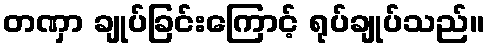
တဏှာ ချုပ်ခြင်းကြောင့် ရုပ်ချုပ်သည်။